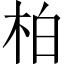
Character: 柏